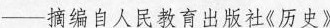
——摘编自人民教育出版社《历史》